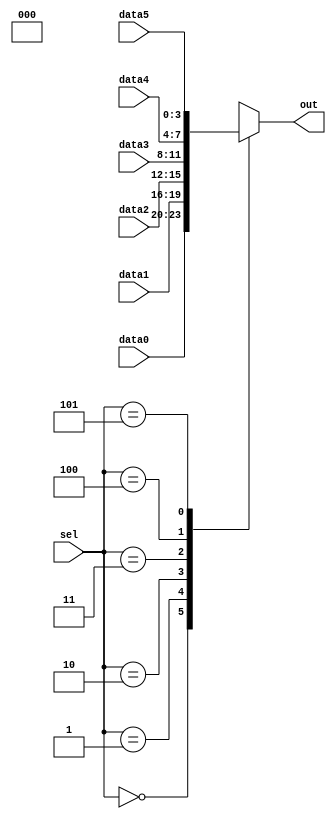
// synthesis verilog_input_version verilog_2001
module top_module ( 
    input [2:0] sel, 
    input [3:0] data0,
    input [3:0] data1,
    input [3:0] data2,
    input [3:0] data3,
    input [3:0] data4,
    input [3:0] data5,
    output reg [3:0] out   );//

    always@(*) begin  // This is a combinational circuit
        case(sel)
            4'b0000 : out = data0;
            4'b0001 : out = data1;
            4'b0010 : out = data2;
            4'b0011 : out = data3;
            4'b0100 : out = data4;
            4'b0101 : out = data5;
        default:
            out = 4'b000x ;
        endcase
    end

endmodule